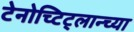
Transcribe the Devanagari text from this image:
टेनोच्टिट्लान्च्या